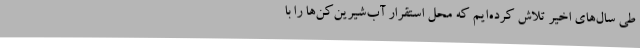
طی سال‌های اخیر تلاش کرده‌ایم که محل استقرار آب‌شیرین‌کن‌ها را با